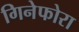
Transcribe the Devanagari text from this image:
गिनेफोरा